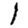
Digit: 1